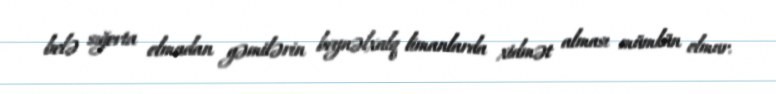
belə sığorta olmadan gəmilərin beynəlxalq limanlarda xidmət alması mümkün olmur.